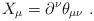
LaTeX: \begin{align*} X_\mu = \partial^\nu \theta_{\mu \nu} ~.\end{align*}